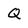
Character: Q